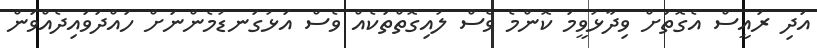
އަދި ރައީސް އެގޮތަށް ވިދާޅުވީމަ ކޮންމެ ވެސް ލުއިގޮތްތަކެއް ވެސް އަޅުގަނޑުމެންނަށް ހައްދަވައިދެއްވަން